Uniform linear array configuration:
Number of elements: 48
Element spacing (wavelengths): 1
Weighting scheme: hamming
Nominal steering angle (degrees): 45
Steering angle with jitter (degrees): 46.4
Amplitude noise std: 0.05
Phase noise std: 0.05

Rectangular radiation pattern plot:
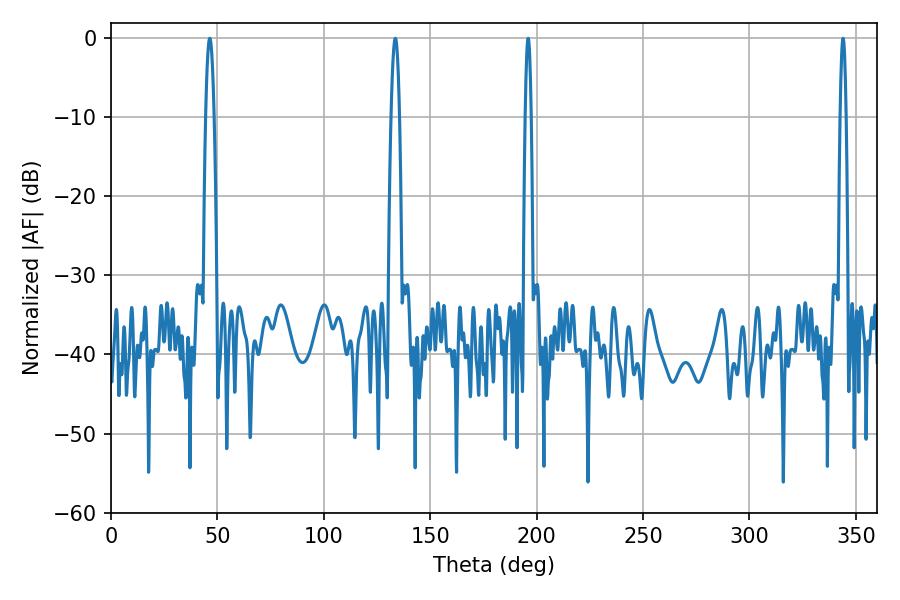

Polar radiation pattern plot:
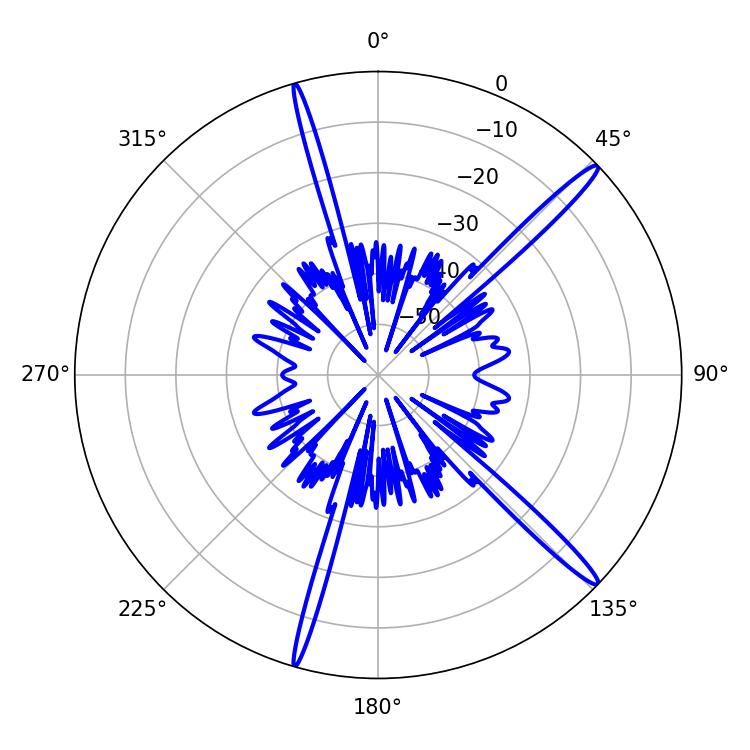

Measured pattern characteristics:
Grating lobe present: TRUE
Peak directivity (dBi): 16.567
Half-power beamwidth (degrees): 1.44
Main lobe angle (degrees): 343.98